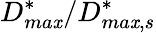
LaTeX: D_{ma\mathit{x}}^{*}/D_{ma\mathit{x},s}^{*}